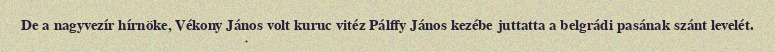
De a nagyvezír hírnöke, Vékony János volt kuruc vitéz Pálffy János kezébe juttatta a belgrádi pasának szánt levelét.